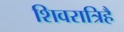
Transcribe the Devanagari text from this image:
शिवरात्रिहै